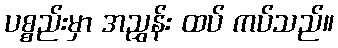
ပစ္စည်းမှာ အညွှန်း ထပ် ကပ်သည်။